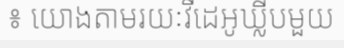
៖ យោងតាមរយៈវីដេអូឃ្លីបមួយ